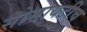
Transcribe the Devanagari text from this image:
सोसायटीच